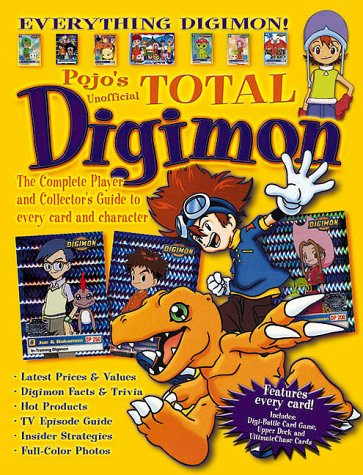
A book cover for Total Digimon: The Complete Player and Collector's Guide to Every Card and Character; Triumph Books; Science Fiction & Fantasy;